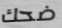
ضحك